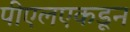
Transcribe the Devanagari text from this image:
पीएलएकडून